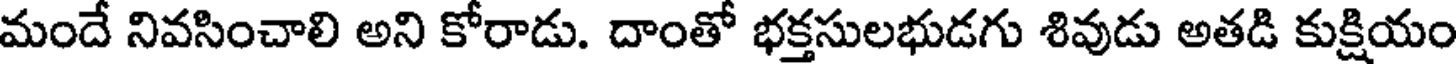
మందే నివసించాలి అని కోరాడు. దాంతో భక్తసులభుడగు శివుడు అతడి కుక్షియం